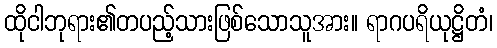
ထိုငါဘုရား၏တပည့်သားဖြစ်သောသူအား။ ရာဂပရိယုဋ္ဌိတံ၊